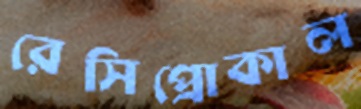
রেসিপ্রোকাল